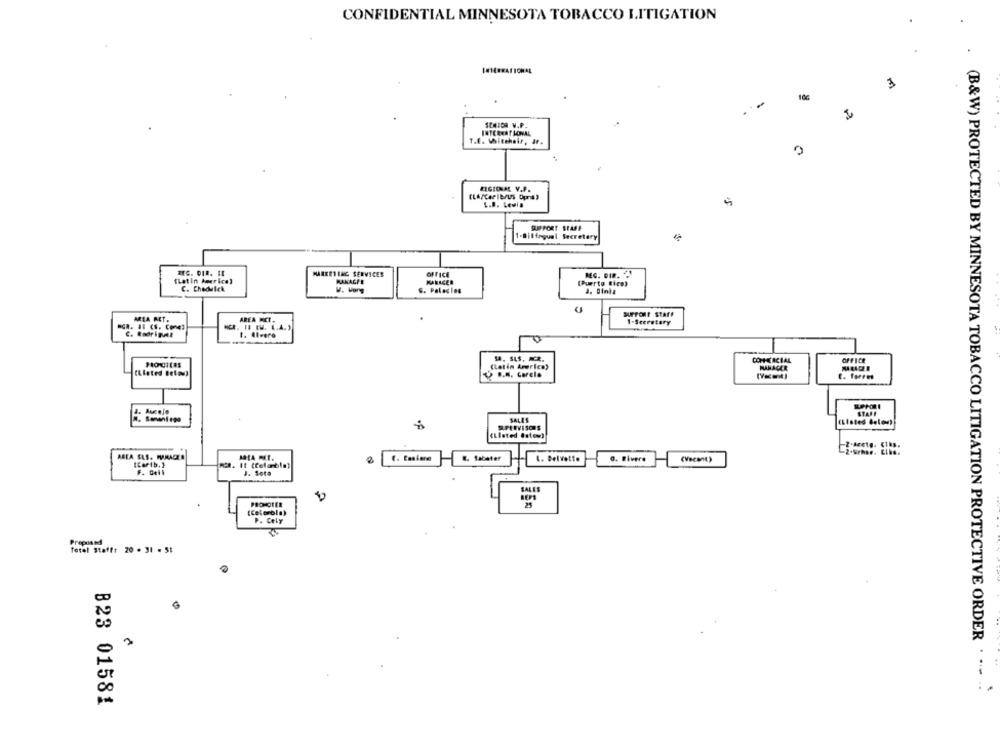
CONFIDENTIAL MINNESOTA TOBACCO LITIGATION
.
.
3
SENIOR M.F.
T.E. Whitehair, Jf.
REGIONAL V.P.
L.B. Lewis
SUPPORT STAFF
1-Bilingual Secretary
MARKETING SERVICES
OFFICE
REG. DIR. .
"Lat In herrice)
RAKACIE
(Puerto Rice)
C. Chadwick
G. Palacios
auFFour STAFF
ARIA PET.
AREA MET.
1-Secretary
C. Rodripat
54. SUS, MR.
COMERCIAL
OFFICE
(Latin America)
MANAGER
Elsted Beta)
SALES
(Listed Below)
RFLEVISOUS
(Listed isto=)
AREA ELS. PRACE
& Sabater
L. Delvette
0. Fivere
(Vecmit)
[Carib. }
It (celabla?
F. Cell
J. Sota
SALES
21
[Cel orbla)
PROHOTEL
P. Cely
Proposto
Total Staff: 20 . 31 - 55
3
(B&W) PROTECTED BY MINNESOTA TOBACCO LITIGATION PROTECTIVE ORDER . .. ..
B23 01581